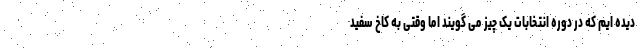
دیده ایم که در دوره انتخابات یک چیز می گویند اما وقتی به کاخ سفید